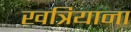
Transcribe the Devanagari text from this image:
खत्रियाना